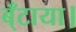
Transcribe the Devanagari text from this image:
ब्ँटाया।